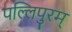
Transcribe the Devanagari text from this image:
पल्लिपुरम्